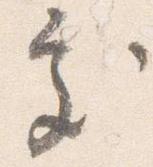
処